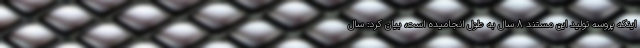
اینکه پروسه تولید این مستند 8 سال به طول انجامیده است، بیان کرد: سال